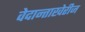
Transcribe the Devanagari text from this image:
वेदान्ताखेरीज